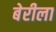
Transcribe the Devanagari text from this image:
बेरीला